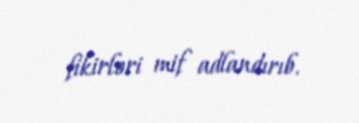
fikirləri mif adlandırıb.